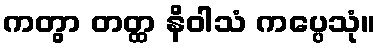
ကတွာ တတ္ထ နိဝါသံ ကပ္ပေသုံ။